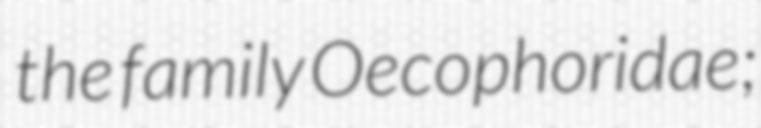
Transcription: the family Oecophoridae;